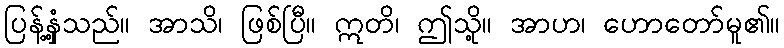
ပြန့်နှံ့သည်။ အာသိ၊ ဖြစ်ပြီ။ ဣတိ၊ ဤသို့။ အာဟ၊ ဟောတော်မူ၏။